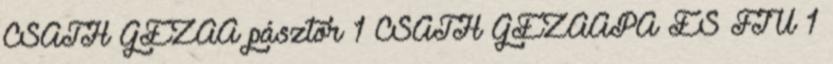
CSÁTH GÉZAA pásztor 1 CSÁTH GÉZAAPA ÉS FIÚ 1